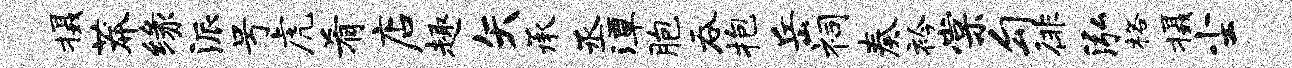
摄莽缘派号虎肴店趣矢承丞潭胞吞抱岳祠奏衿棠勾徘泓格摄尘